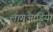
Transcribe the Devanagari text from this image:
लागुआर्डिया